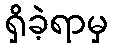
ရှိခဲ့ရာမှ